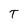
Character: T